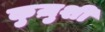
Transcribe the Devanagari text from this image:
कुज़ुशी